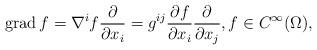
LaTeX: \begin{align*} \operatorname{grad} f = \nabla^i f \frac{\partial}{\partial x_i} = g^{ij} \frac{\partial f}{\partial x_i} \frac{\partial}{\partial x_j},f \in C^{\infty}(\Omega),\end{align*}